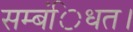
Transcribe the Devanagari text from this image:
सम्बंिधत।